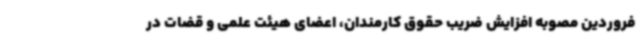
فروردین مصوبه افزایش ضریب حقوق کارمندان، اعضای هیئت علمی و قضات در